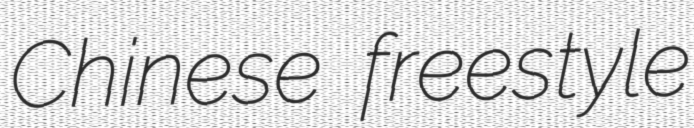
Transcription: Chinese freestyle